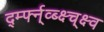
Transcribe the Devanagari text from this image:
र्द्म्फ्न्व्ब्क्ष्च्क्ष्व